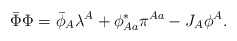
\begin{align*}\bar{\Phi}\Phi=\bar{\phi}_A\lambda^A+\phi^*_{Aa}\pi^{Aa}-J_A\phi^A.\end{align*}